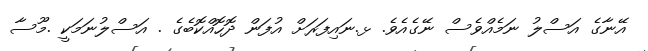
އޭނާގެ އަސްލު ނަމެއްވެސް ނޭގެއެވެ. ޅ.ނައިފަރަށް އުފަން ދޮހޮއްކޮބެގެ . އަސްލުނަމަކީ .މޫސާ